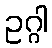
ဥဂ္ဂါ